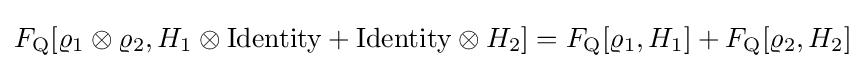
F_{\rm {Q}}[\varrho _{1}\otimes \varrho _{2},H_{1}\otimes {\rm {Identity}}+{\rm {Identity}}\otimes H_{2}]=F_{\rm {Q}}[\varrho _{1},H_{1}]+F_{\rm {Q}}[\varrho _{2},H_{2}]